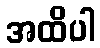
အထိပါ